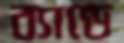
ব্যান্ডে